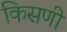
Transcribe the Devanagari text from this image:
किसणी